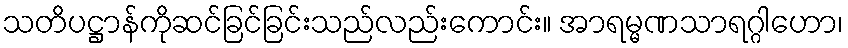
သတိပဋ္ဌာန်ကိုဆင်ခြင်ခြင်းသည်လည်းကောင်း။ အာရမ္မဏသာရဂ္ဂါဟော၊